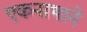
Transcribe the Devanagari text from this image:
एकनाथाने